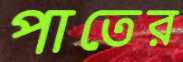
পাতের